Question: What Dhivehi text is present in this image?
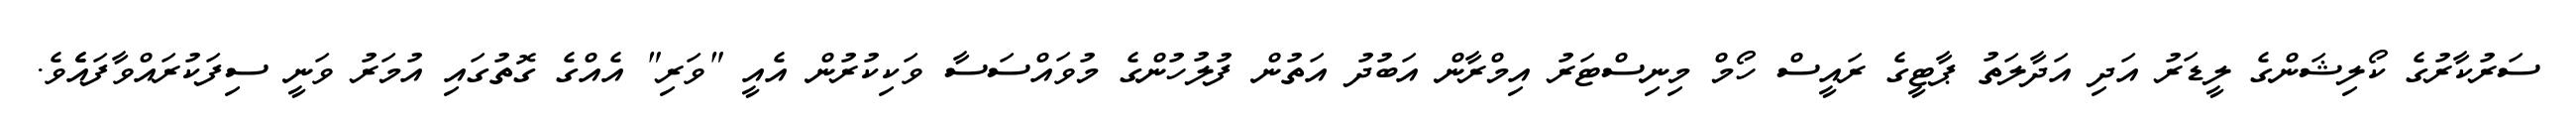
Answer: ސަރުކާރުގެ ކޯލިޝަންގެ ލީޑަރު އަދި އަދާލަތު ޕާޓީގެ ރައީސް ހޯމް މިނިސްޓަރު އިމްރާން އަބުދު އަތުން ފުލުހުންގެ މުވައްސަސާ ވަކިކުރުން އެއީ "ވަރި" އެއްގެ ގޮތުގައި އުމަރު ވަނީ ސިފަކުރައްވާފައެެވެ.